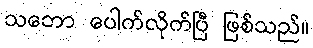
သဘော ပေါက်လိုက်ပြီ ဖြစ်သည်။